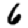
Digit: 6